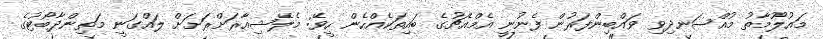
މައުލޫމާތު މުއްސަނދިވި ވައްބިންފަރުން ފެނުނީ އެމްއެޗުގެ ބައިތަކެއްހެން ހީވޭ: މެލޭޝިއާރަށްރަށަށް ލައްގަނީ މަތިންދާބޯޓުގެ